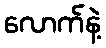
လောက်နဲ့